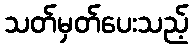
သတ်မှတ်ပေးသည့်